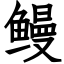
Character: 鳗